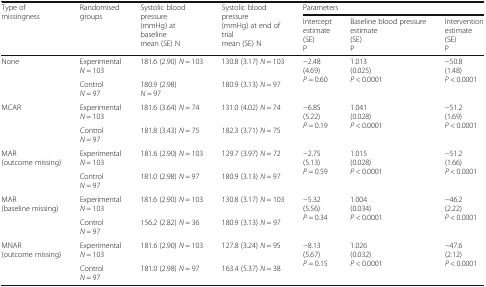
<table><thead><tr><td rowspan="2"><b>Type of missingness</b></td><td rowspan="2"><b>Randomised groups</b></td><td rowspan="2"><b>Systolic blood pressure(mmHg) at baselinemean (SE) N</b></td><td rowspan="2"><b>Systolic blood pressure(mmHg) at end of trialmean (SE) N</b></td><td colspan="3"><b>Parameters</b></td></tr><tr><td><b>Interceptestimate(SE)P</b></td><td><b>Baseline blood pressureestimate(SE)P</b></td><td><b>Interventionestimate(SE)P</b></td></tr></thead><tbody><tr><td rowspan="2">None</td><td>Experimental<i>N</i> = 103</td><td>181.6 (2.90) <i>N</i> = 103</td><td>130.8 (3.17) <i>N</i> = 103</td><td rowspan="2">−2.48(4.69)<i>P</i> = 0.60</td><td rowspan="2">1.013(0.025)<i>P</i> &lt; 0.0001</td><td rowspan="2">−50.8(1.48)<i>P</i> &lt; 0.0001</td></tr><tr><td>Control<i>N</i> = 97</td><td>180.9 (2.98)<i>N</i> = 97</td><td>180.9 (3.13) <i>N</i> = 97</td></tr><tr><td rowspan="2">MCAR</td><td>Experimental<i>N</i> = 103</td><td>181.6 (3.64) <i>N</i> = 74</td><td>131.0 (4.02) <i>N</i> = 74</td><td rowspan="2">−6.85(5.22)<i>P</i> = 0.19</td><td rowspan="2">1.041(0.028)<i>P</i> &lt; 0.0001</td><td rowspan="2">−51.2(1.69)<i>P</i> &lt; 0.0001</td></tr><tr><td>Control<i>N</i> = 97</td><td>181.8 (3.43) <i>N</i> = 75</td><td>182.3 (3.71) <i>N</i> = 75</td></tr><tr><td rowspan="2">MAR(outcome missing)</td><td>Experimental<i>N</i> = 103</td><td>181.6 (2.90) <i>N</i> = 103</td><td>129.7 (3.97) <i>N</i> = 72</td><td rowspan="2">−2.75(5.13)<i>P</i> = 0.59</td><td rowspan="2">1.015(0.028)<i>P</i> &lt; 0.0001</td><td rowspan="2">−51.2(1.66)<i>P</i> &lt; 0.0001</td></tr><tr><td>Control<i>N</i> = 97</td><td>181.0 (2.98) <i>N</i> = 97</td><td>180.9 (3.13) <i>N</i> = 97</td></tr><tr><td rowspan="2">MAR(baseline missing)</td><td>Experimental<i>N</i> = 103</td><td>181.6 (2.90) <i>N</i> = 103</td><td>130.8 (3.17) <i>N</i> = 103</td><td rowspan="2">−5.32(5.56)<i>P</i> = 0.34</td><td rowspan="2">1.004(0.034)<i>P</i> &lt; 0.0001</td><td rowspan="2">−46.2(2.22)<i>P</i> &lt; 0.0001</td></tr><tr><td>Control<i>N</i> = 97</td><td>156.2 (2.82) <i>N</i> = 36</td><td>180.9 (3.13) <i>N</i> = 97</td></tr><tr><td rowspan="2">MNAR(outcome missing)</td><td>Experimental<i>N</i> = 103</td><td>181.6 (2.90) <i>N</i> = 103</td><td>127.8 (3.24) <i>N</i> = 95</td><td rowspan="2">−8.13(5.67)<i>P</i> = 0.15</td><td rowspan="2">1.026(0.032)<i>P</i> &lt; 0.0001</td><td rowspan="2">−47.6(2.12)<i>P</i> &lt; 0.0001</td></tr><tr><td>Control<i>N</i> = 97</td><td>181.0 (2.98) <i>N</i> = 97</td><td>163.4 (5.37) <i>N</i> = 38</td></tr></tbody></table>